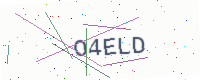
Text: O4ELD